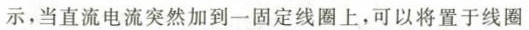
示，当直流电流突然加到一固定线圈上，可以将置于线圈